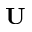
\mathbf { U }